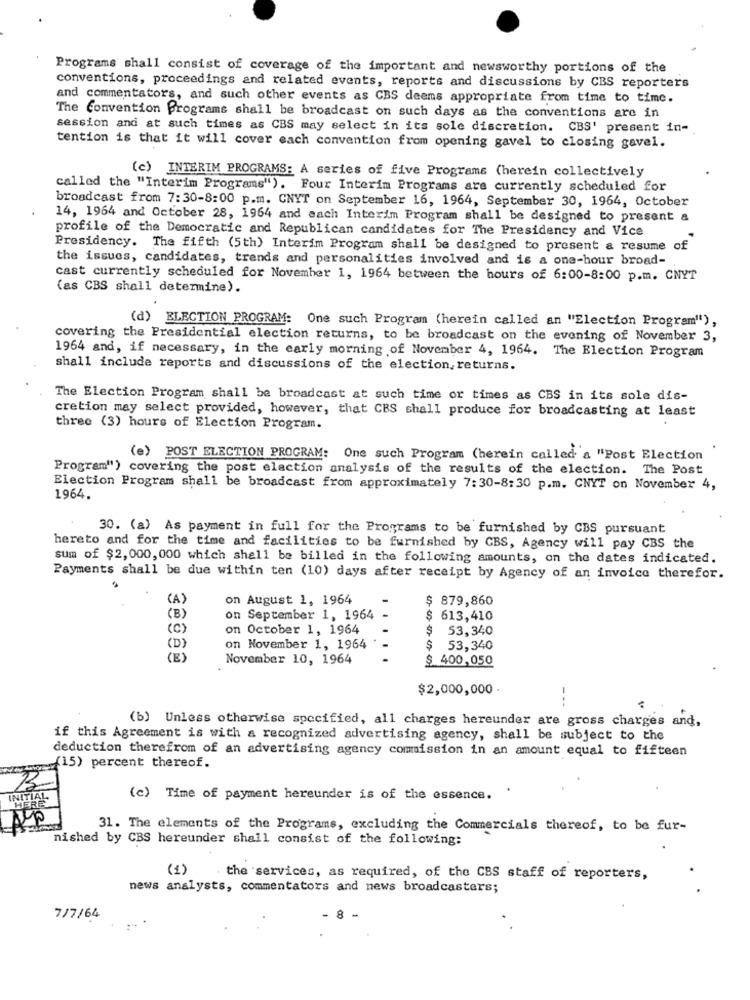
Programs shall consist of coverage of the important and newsworthy portions of the
conventions, proceedings and related events, reports and discussions by CBS reporters
and commentators, and such other events as CBS deems appropriate from time to time.
The Convention Programs shall be broadcast on such days as the conventions are in
session and at such times as CBS may select in its sole discretion. CBS' present in-
tention is that it will cover each convention from opening gavel to closing gavel.
(c) INTERIM PROGRAMS: A series of five Programs (herein collectively
called the "Interim Programs"). Four Interim Programs are currently scheduled for
broadcast from 7:30-8:00 p.m. CNYT on September 16, 1964, September 30, 1964, October
14, 1964 and October 28, 1964 and each Interim Program shall be designed to present &
profile of the Democratic and Republican candidates for The Presidency and Vice
Presidency. The fifth (5th) Interim Program shall be designed to present a resume of
the issues, candidates, trends and personalities involved and is a one-hour broad-
cast currently scheduled for November 1, 1964 between the hours of 6:00-8:00 p.m. CNYT
(as CBS shall determine).
(d) ELECTION PROGRAM: One such Program (herein called an "Election Program"),
covering the Presidential election returns, to be broadcast on the evening of November 3,
1964 and, if necessary, in the early morning of November 4, 1964. The Election Program
shall include reports and discussions of the election, returns.
The Election Program shall be broadcast at such time or times as CBS in its sole dis-
cretion may select provided, however, that CBS shall produce for broadcasting at least
three (3) hours of Election Program.
(e) POST ELECTION PROGRAM: One such Program (herein called a "Post Election
Program") covering the post election analysis of the results of the election. The Post
Election Program shall be broadcast from approximately 7:30-8:30 p.m. CNYT on November 4,
1964.
30. (a) As payment in full for the Programs to be furnished by CBS pursuant
hereto and for the time and facilities to be furnished by CBS, Agency will pay CBS the
sum of $2,000,000 which shall be billed in the following amounts, on the dates indicated.
Payments shall be due within ten (10) days after receipt by Agency of an invoice therefor.
(A)
on August 1, 1964
$ 879,860
(B)
on September 1, 1964
$ 613,410
(C)
on October 1, 1964
$ 53,340
(D)
on November 1, 1964
$ 53,340
(E)
November 10, 1964
$ 400,050
$2,000,000
---
(b) Unless otherwise specified, all charges hereunder are gross charges and,
if this Agreement is with a recognized advertising agency, shall be subject to the
deduction therefrom of an advertising agency commission in an amount equal to fifteen
(15) percent thereof.
INITIAL
(c) Time of payment hereunder is of the essence.
31. The elements of the Programs, excluding the Commercials thereof, to be fur-
nished by CBS hereunder shall consist of the following:
(1)
the services, as required, of the CBS staff of reporters,
news analysts, commentators and news broadcasters;
7/7/64
8 -